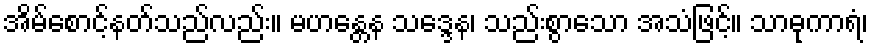
အိမ်စောင့်နတ်သည်လည်း။ မဟန္တေန သဒ္ဒေန၊ သည်းစွာသော အသံဖြင့်။ သာဓုကာရံ၊